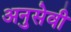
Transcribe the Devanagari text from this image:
अनुसेवी